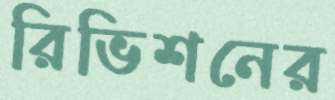
রিভিশনের